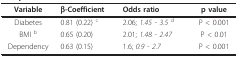
<table><thead><tr><td><b>Variable</b></td><td><b>β-Coefficient</b></td><td><b>Odds ratio</b></td><td><b>p value</b></td></tr></thead><tbody><tr><td>Diabetes</td><td>0.81 (0.22) <sup>c</sup></td><td>2.06; <i>1.45 - 3.5 </i><sup>d</sup></td><td>P &lt; 0.001</td></tr><tr><td>BMI <sup>b</sup></td><td>0.65 (0.20)</td><td>2.01; <i>1.48 - 2.47</i></td><td>P &lt; 0.01</td></tr><tr><td>Dependency</td><td>0.63 (0.15)</td><td>1.6; <i>0.9 - 2.7</i></td><td>P &lt; 0.001</td></tr></tbody></table>